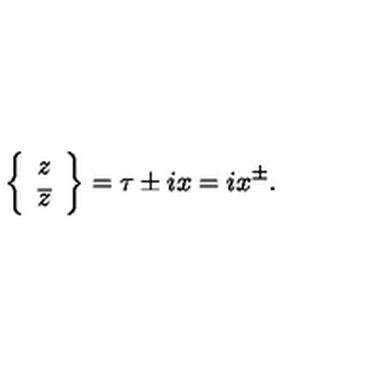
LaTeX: \left\{ \begin{array} { c } { z } \\ { \overline { z } } \\ \end{array} \right\} = \tau \pm i x = i x ^ { \pm } .